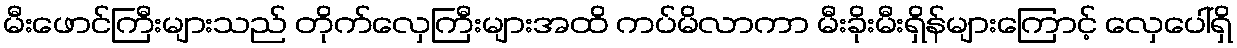
မီးဖောင်ကြီးများသည် တိုက်လှေကြီးများအထိ ကပ်မိလာကာ မီးခိုးမီးရှိန်များကြောင့် လှေပေါ်ရှိ